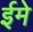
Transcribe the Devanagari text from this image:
ईमे